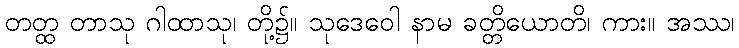
တတ္ထ တာသု ဂါထာသု၊ တို့၌။ သုဒေဝေါ နာမ ခတ္တိယောတိ၊ ကား။ အဿ၊